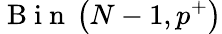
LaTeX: \mathrm{~B~i~n~}\left(N-1,p^{+}\right)